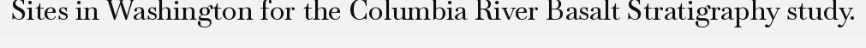
Sites in Washington for the Columbia River Basalt Stratigraphy study.